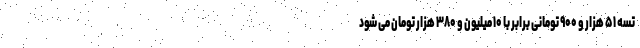
تسه ۵۱ هزار و ۹۰۰ تومانی برابر با ۱۰ میلیون و ۳۸۰ هزار تومان می شود